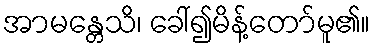
အာမန္တေသိ၊ ခေါ်၍မိန့်တော်မူ၏။